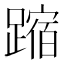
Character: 蹜